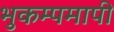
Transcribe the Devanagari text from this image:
भुकम्पमापी